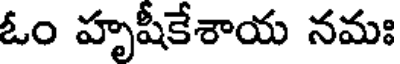
ఓం హృషీకేశాయ నమః